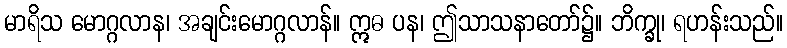
မာရိသ မောဂ္ဂလာန၊ အချင်းမောဂ္ဂလာန်။ ဣဓ ပန၊ ဤသာသနာတော်၌။ ဘိက္ခု၊ ရဟန်းသည်။